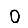
Digit: 0